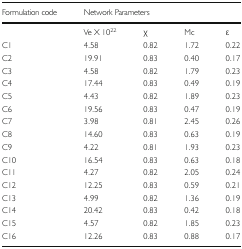
<table><thead><tr><td><b>Formulation code</b></td><td colspan="4"><b>Network Parameters</b></td></tr></thead><tbody><tr><td></td><td>Ve X 10<sup>22</sup></td><td>χ</td><td>Mc</td><td>ε</td></tr><tr><td>C1</td><td>4.58</td><td>0.82</td><td>1.72</td><td>0.22</td></tr><tr><td>C2</td><td>19.91</td><td>0.83</td><td>0.40</td><td>0.17</td></tr><tr><td>C3</td><td>4.58</td><td>0.82</td><td>1.79</td><td>0.23</td></tr><tr><td>C4</td><td>17.44</td><td>0.83</td><td>0.49</td><td>0.19</td></tr><tr><td>C5</td><td>4.43</td><td>0.82</td><td>1.89</td><td>0.23</td></tr><tr><td>C6</td><td>19.56</td><td>0.83</td><td>0.47</td><td>0.19</td></tr><tr><td>C7</td><td>3.98</td><td>0.81</td><td>2.45</td><td>0.26</td></tr><tr><td>C8</td><td>14.60</td><td>0.83</td><td>0.63</td><td>0.19</td></tr><tr><td>C9</td><td>4.22</td><td>0.81</td><td>1.93</td><td>0.23</td></tr><tr><td>C10</td><td>16.54</td><td>0.83</td><td>0.63</td><td>0.18</td></tr><tr><td>C11</td><td>4.27</td><td>0.82</td><td>2.05</td><td>0.24</td></tr><tr><td>C12</td><td>12.25</td><td>0.83</td><td>0.59</td><td>0.21</td></tr><tr><td>C13</td><td>4.99</td><td>0.82</td><td>1.36</td><td>0.19</td></tr><tr><td>C14</td><td>20.42</td><td>0.83</td><td>0.42</td><td>0.18</td></tr><tr><td>C15</td><td>4.57</td><td>0.82</td><td>1.85</td><td>0.23</td></tr><tr><td>C16</td><td>12.26</td><td>0.83</td><td>0.88</td><td>0.17</td></tr></tbody></table>